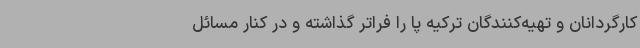
کارگردانان و تهیه‌کنندگان ترکیه پا را فراتر گذاشته و در کنار مسائل